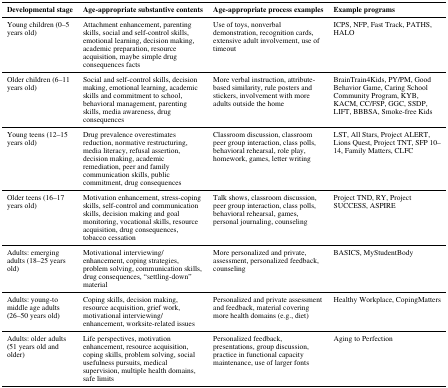
<table><thead><tr><td><b>Developmental stage</b></td><td><b>Age-appropriate substantive contents</b></td><td><b>Age-appropriate process examples</b></td><td><b>Example programs</b></td></tr></thead><tbody><tr><td>Young children (0–5 years old)</td><td>Attachment enhancement, parenting skills, social and self-control skills, emotional learning, decision making, academic preparation, resource acquisition, maybe simple drug consequences facts</td><td>Use of toys, nonverbal demonstration, recognition cards, extensive adult involvement, use of timeout</td><td>ICPS, NFP, Fast Track, PATHS, HALO</td></tr><tr><td>Older children (6–11 years old)</td><td>Social and self-control skills, decision making, emotional learning, academic skills and commitment to school, behavioral management, parenting skills, media awareness, drug consequences</td><td>More verbal instruction, attribute-based similarity, rule posters and stickers, involvement with more adults outside the home</td><td>BrainTrain4Kids, PY/PM, Good Behavior Game, Caring School Community Program, KYB, KACM, CC/FSP, GGC, SSDP, LIFT, BBBSA, Smoke-free Kids</td></tr><tr><td>Young teens (12–15 years old)</td><td>Drug prevalence overestimates reduction, normative restructuring, media literacy, refusal assertion, decision making, academic remediation, peer and family communication skills, public commitment, drug consequences</td><td>Classroom discussion, classroom peer group interaction, class polls, behavioral rehearsal, role play, homework, games, letter writing</td><td>LST, All Stars, Project ALERT, Lions Quest, Project TNT, SFP 10–14, Family Matters, CLFC</td></tr><tr><td>Older teens (16–17 years old)</td><td>Motivation enhancement, stress-coping skills, self-control and communication skills, decision making and goal monitoring, vocational skills, resource acquisition, drug consequences, tobacco cessation</td><td>Talk shows, classroom discussion, peer group interaction, class polls, behavioral rehearsal, games, personal journaling, counseling</td><td>Project TND, RY, Project SUCCESS, ASPIRE</td></tr><tr><td>Adults: emerging adults (18–25 years old)</td><td>Motivational interviewing/enhancement, coping strategies, problem solving, communication skills, drug consequences, “settling-down” material</td><td>More personalized and private, assessment, personalized feedback, counseling</td><td>BASICS, MyStudentBody</td></tr><tr><td>Adults: young-to middle age adults (26–50 years old)</td><td>Coping skills, decision making, resource acquisition, grief work, motivational interviewing/enhancement, worksite-related issues</td><td>Personalized and private assessment and feedback, material covering more health domains (e.g., diet)</td><td>Healthy Workplace, CopingMatters</td></tr><tr><td>Adults: older adults (51 years old and older)</td><td>Life perspectives, motivation enhancement, resource acquisition, coping skills, problem solving, social usefulness pursuits, medical supervision, multiple health domains, safe limits</td><td>Personalized feedback, presentations, group discussion, practice in functional capacity maintenance, use of larger fonts</td><td>Aging to Perfection</td></tr></tbody></table>